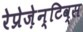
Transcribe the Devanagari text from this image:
रेप्रेज़ेन्टिव्स